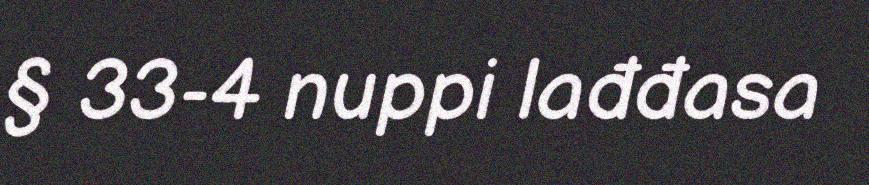
§ 33-4 nuppi lađđasa